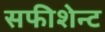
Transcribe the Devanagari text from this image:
सफीशेन्ट